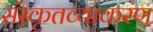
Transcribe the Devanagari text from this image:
संस्कृतव्याकरण